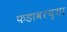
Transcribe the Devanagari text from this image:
फडावरच्या